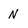
Character: N